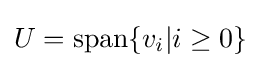
U=\operatorname {span} \{v_{i}|i\geq 0\}